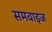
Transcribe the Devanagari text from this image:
समवाइज